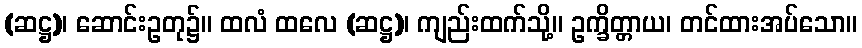
(ဆဋ္ဌ)၊ ဆောင်းဥတု၌။ ထလံ ထလေ (ဆဋ္ဌ)၊ ကျည်းထက်သို့။ ဥက္ခိတ္တာယ၊ တင်ထားအပ်သော။